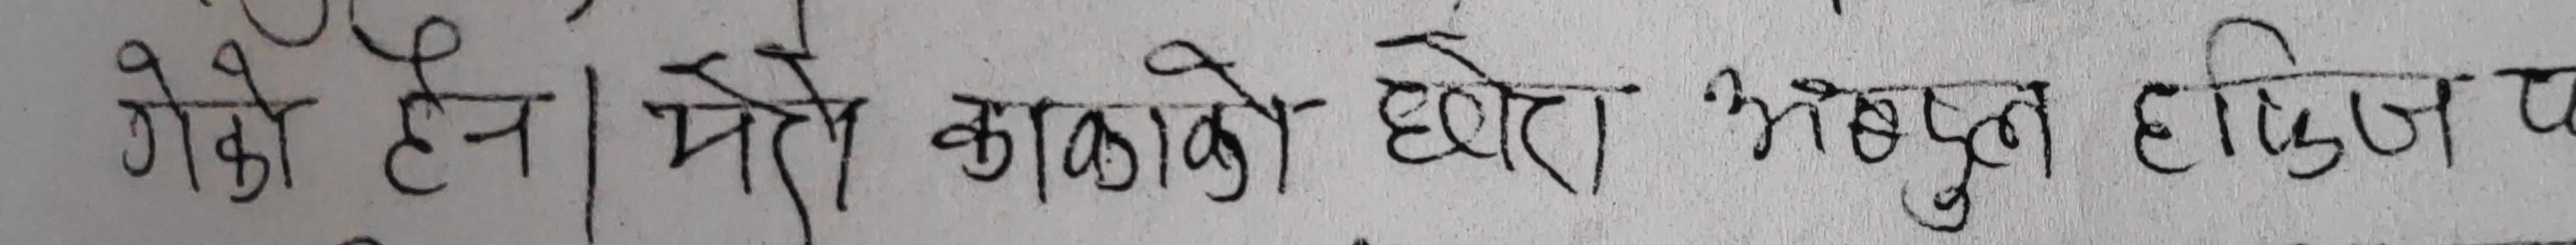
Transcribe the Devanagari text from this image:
गेको छैन। मेरो काकाको छोरा भेषुल हफिजका